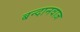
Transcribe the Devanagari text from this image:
बन्दानवाज